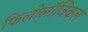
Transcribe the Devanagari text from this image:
फिलोलॉजिकल